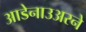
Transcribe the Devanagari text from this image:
आडेनाउअरने